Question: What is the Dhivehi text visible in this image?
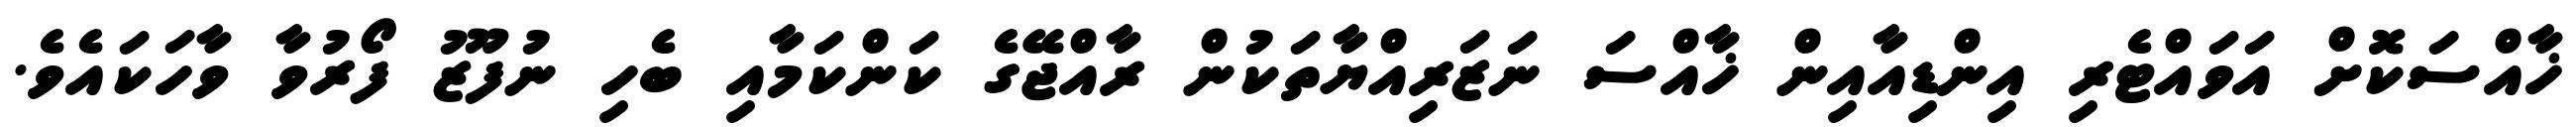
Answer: ޚާއްސަކޮށް އަވައްޓެރި އިންޑިއާއިން ޚާއްސަ ނަޒަރިއްޔާތަކުން ރާއްޖޭގެ ކަންކަމާއި ބެހި ނުފޫޒު ފޯރުވާ ވާހަކައެވެ.